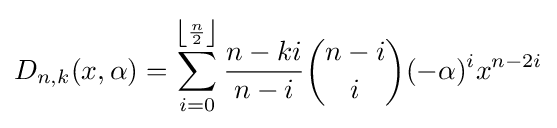
D_{n,k}(x,\alpha )=\sum _{i=0}^{\left\lfloor {\frac {n}{2}}\right\rfloor }{\frac {n-ki}{n-i}}{\binom {n-i}{i}}(-\alpha )^{i}x^{n-2i}